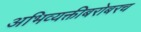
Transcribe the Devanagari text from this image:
अभिव्यक्तीबरोबरच